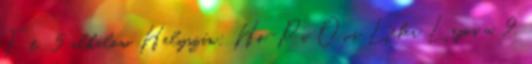
Ft 5 alkalom Helyszín: Ho-Pi Ovi Léber Lajos u. 9.